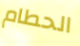
الحطام